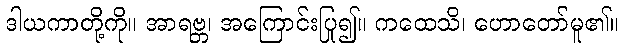
ဒါယကာတို့ကို။ အာရဗ္ဘ၊ အကြောင်းပြု၍။ ကထေသိ၊ ဟောတော်မူ၏။